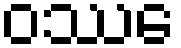
ဝဿေ